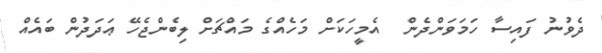
ދެވުނު ފައިސާ ހަމަވަންދެން  އެމީހަކަށް މަހެއްގެ މައްޗަށް ލިބެންޖެހޭ ޢަދަދުން ބައެއް